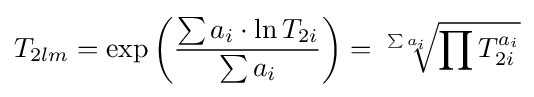
T_{2lm}=\exp \left({\frac {\sum {a_{i}}\cdot \ln {T_{2i}}}{\sum {a_{i}}}}\right)={\sqrt[{\sum {a_{i}}}]{\prod T_{2i}^{a_{i}}}}